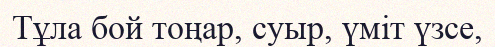
Тұла бой тоңар, суыр, үміт үзсе,